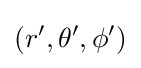
(r',\theta ',\phi ')